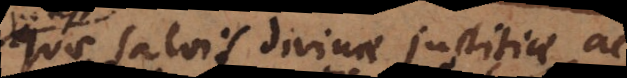
quae salvis divinae justitiae ac